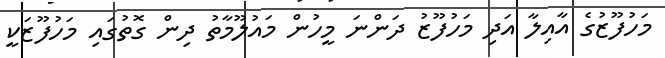
މަހުފޫޒުގެ އާއިލާ އަދި މަހުފޫޒު ދަންނަ މީހުން މައުލޫމާތު ދިން ގޮތުގައި މަހުފޫޒަކީ